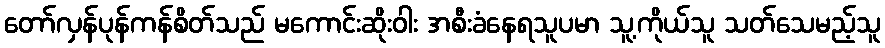
တော်လှန်ပုန်ကန်စိတ်သည် မကောင်းဆိုးဝါး အစီးခံနေရသူပမာ သူ့ကိုယ်သူ သတ်သေမည့်သူ